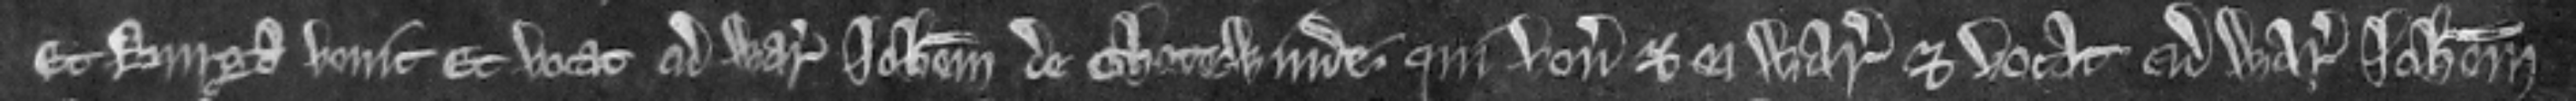
Et Burga venit et vocat ad warantum Johannem de Chetewinde qui venit et ei warantizat et vocat ad warantum Johannem